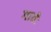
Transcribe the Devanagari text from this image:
गावेः